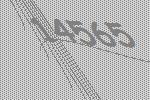
14565